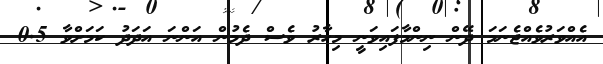
އެއްވަރުވެއްޖެނަމަ ދޭން ނިންމާފައިވަނީ މިހާރު ވެސް ދެމުން އަންނަ އަދަދު ކަމަށްވާ 0.5